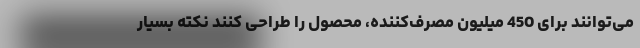
می‌توانند برای 450 میلیون مصرف‌کننده، محصول را طراحی کنند نکته بسیار